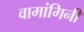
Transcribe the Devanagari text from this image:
वामांगिनी